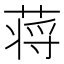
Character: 蒋